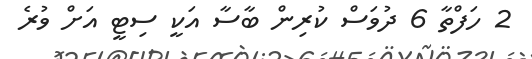
2 ހަފްތާ 6 ދުވަސް ކުރިން ބާސާ އަކީ ސިޓީ އަށް ވުރެ